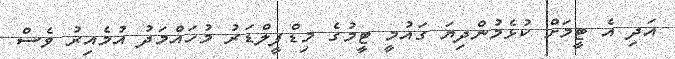
އަދި އެ ޓީމަށް ކުޅެމުންދިޔަ ގައުމީ ޓީމުގެ މިޑްފީލްޑަރު މުހައްމަދު އުމެއިރު ވެސް